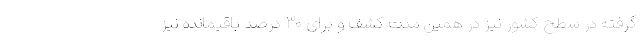
گرفته در سطح کشور نیز در همین مدت کشف و برای ۳۰ درصد باقیمانده نیز